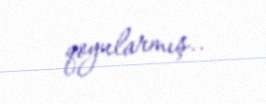
qoyularmış..